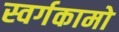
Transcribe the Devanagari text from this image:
स्वर्गकामो